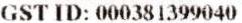
GST ID: 000381399040